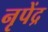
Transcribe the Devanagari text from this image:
नृपेंद्र